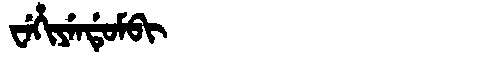
Manchu: ᠸᡝᡥᡳᠶᡝᠨᡩᡠᠮᠪᡳ
Romanization: WEHIYENDUMBI